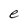
Character: e